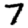
Digit: 7